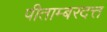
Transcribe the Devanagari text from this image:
पीताम्बरदत्त